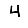
Digit: 4